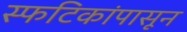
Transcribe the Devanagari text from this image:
स्फटिकांपासून